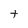
Character: t